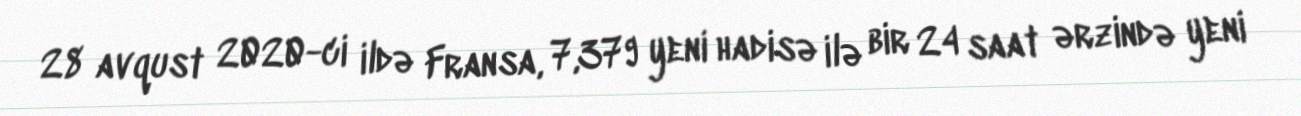
28 avqust 2020-ci ildə Fransa, 7,379 yeni hadisə ilə bir 24 saat ərzində yeni